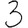
Digit: 3